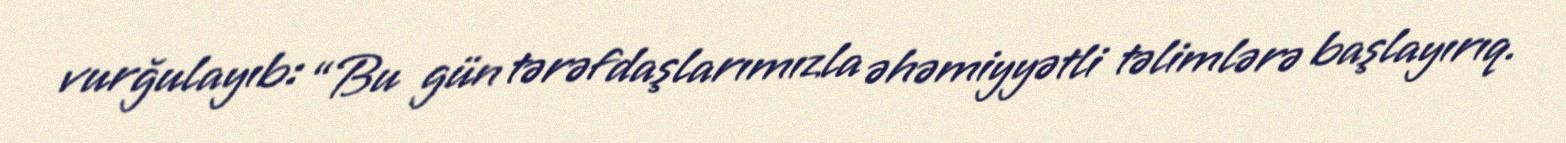
vurğulayıb: “Bu gün tərəfdaşlarımızla əhəmiyyətli təlimlərə başlayırıq.